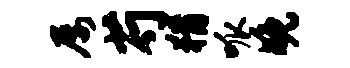
屡芍猾呱晚